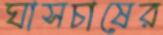
ঘাসচাষের